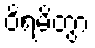
ဝိရမိတွာ